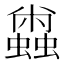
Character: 𰳝